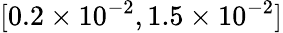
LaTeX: [0.2\times 10^{-2},1.5\times 10^{-2}]